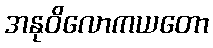
အနုဝိလောကယတော